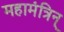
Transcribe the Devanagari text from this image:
महामंत्रिन्‌